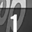
Digit: 1